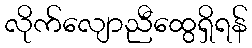
လိုက်လျောညီထွေရှိရန်